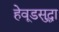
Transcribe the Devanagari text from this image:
हेवूडसुद्धा